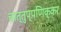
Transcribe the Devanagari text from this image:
चात्तुप्पणिक्कर